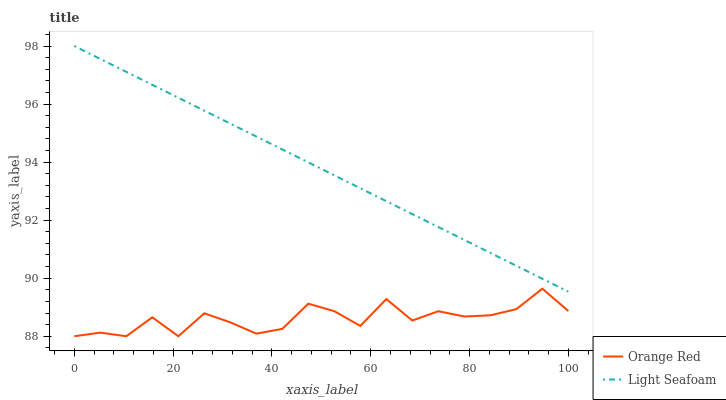
| xaxis_label | Orange Red | Light Seafoam |
 | --- | --- | --- |
 | 0 | 88 | 98 |
 | 5.26 | 88.1 | 97.6 |
 | 10.5 | 88 | 97.1 |
 | 15.8 | 88.7 | 96.7 |
 | 21.1 | 88 | 96.2 |
 | 26.3 | 88.8 | 95.8 |
 | 31.6 | 88.5 | 95.3 |
 | 36.8 | 88.1 | 94.9 |
 | 42.1 | 88.3 | 94.4 |
 | 47.4 | 89.1 | 94 |
 | 52.6 | 88.9 | 93.5 |
 | 57.9 | 88.4 | 93.1 |
 | 63.2 | 89.3 | 92.7 |
 | 68.4 | 88.5 | 92.2 |
 | 73.7 | 88.9 | 91.8 |
 | 78.9 | 88.7 | 91.3 |
 | 84.2 | 88.7 | 90.9 |
 | 89.5 | 88.9 | 90.4 |
 | 94.7 | 89.6 | 90 |
 | 100 | 88.9 | 89.5 |